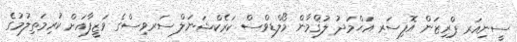
ސީނިއަރ ޕްރިޒަން އޮފިސަރ އަޙްމަދު ލުޤްމާން މޯލްޑިވްސް ކަރެކްޝަނަލް ސަރވިސްގެ ވަޒީފާއަށް ކުރިމަތިލުމުގެ